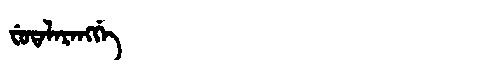
Manchu: ᠸᡠᡨᠠᠯᠠᡵᠠᠩᡤᡝ
Romanization: FUTALARANGGE